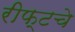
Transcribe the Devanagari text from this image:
रीफ्टचे